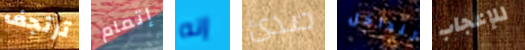
ترتجف إتمام إنه صدئ للداخل للإعجاب